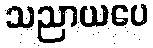
သညာယပေ